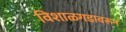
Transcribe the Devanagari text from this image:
विशाळगडावरून